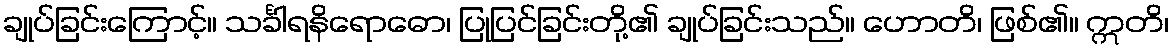
ချုပ်ခြင်းကြောင့်။ သင်္ခါရနိရောဓော၊ ပြုပြင်ခြင်းတို့၏ ချုပ်ခြင်းသည်။ ဟောတိ၊ ဖြစ်၏။ ဣတိ၊